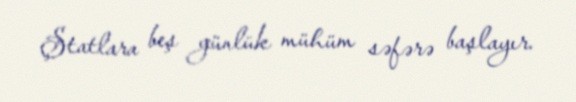
Ştatlara beş günlük mühüm səfərə başlayır.